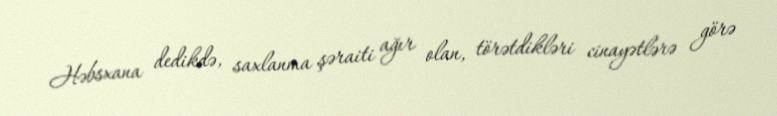
Həbsxana dedikdə, saxlanma şəraiti ağır olan, törətdikləri cinayətlərə görə